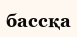
бассқа